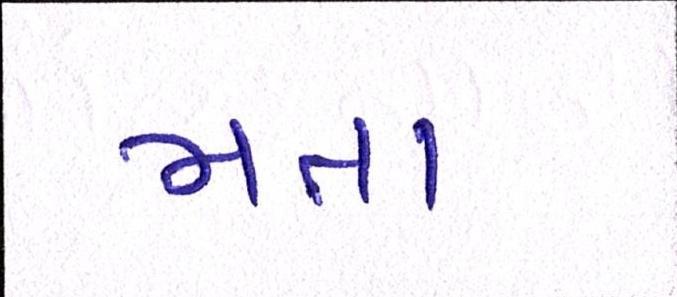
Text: મતા